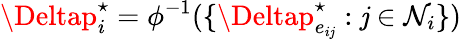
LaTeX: \Deltap_{i}^{\star}=\phi^{-1}(\{ \Deltap_{e_{i\mathit{j}}}^{\star}:\mathit{j}\in\mathcal{{N}}_{i}\} )